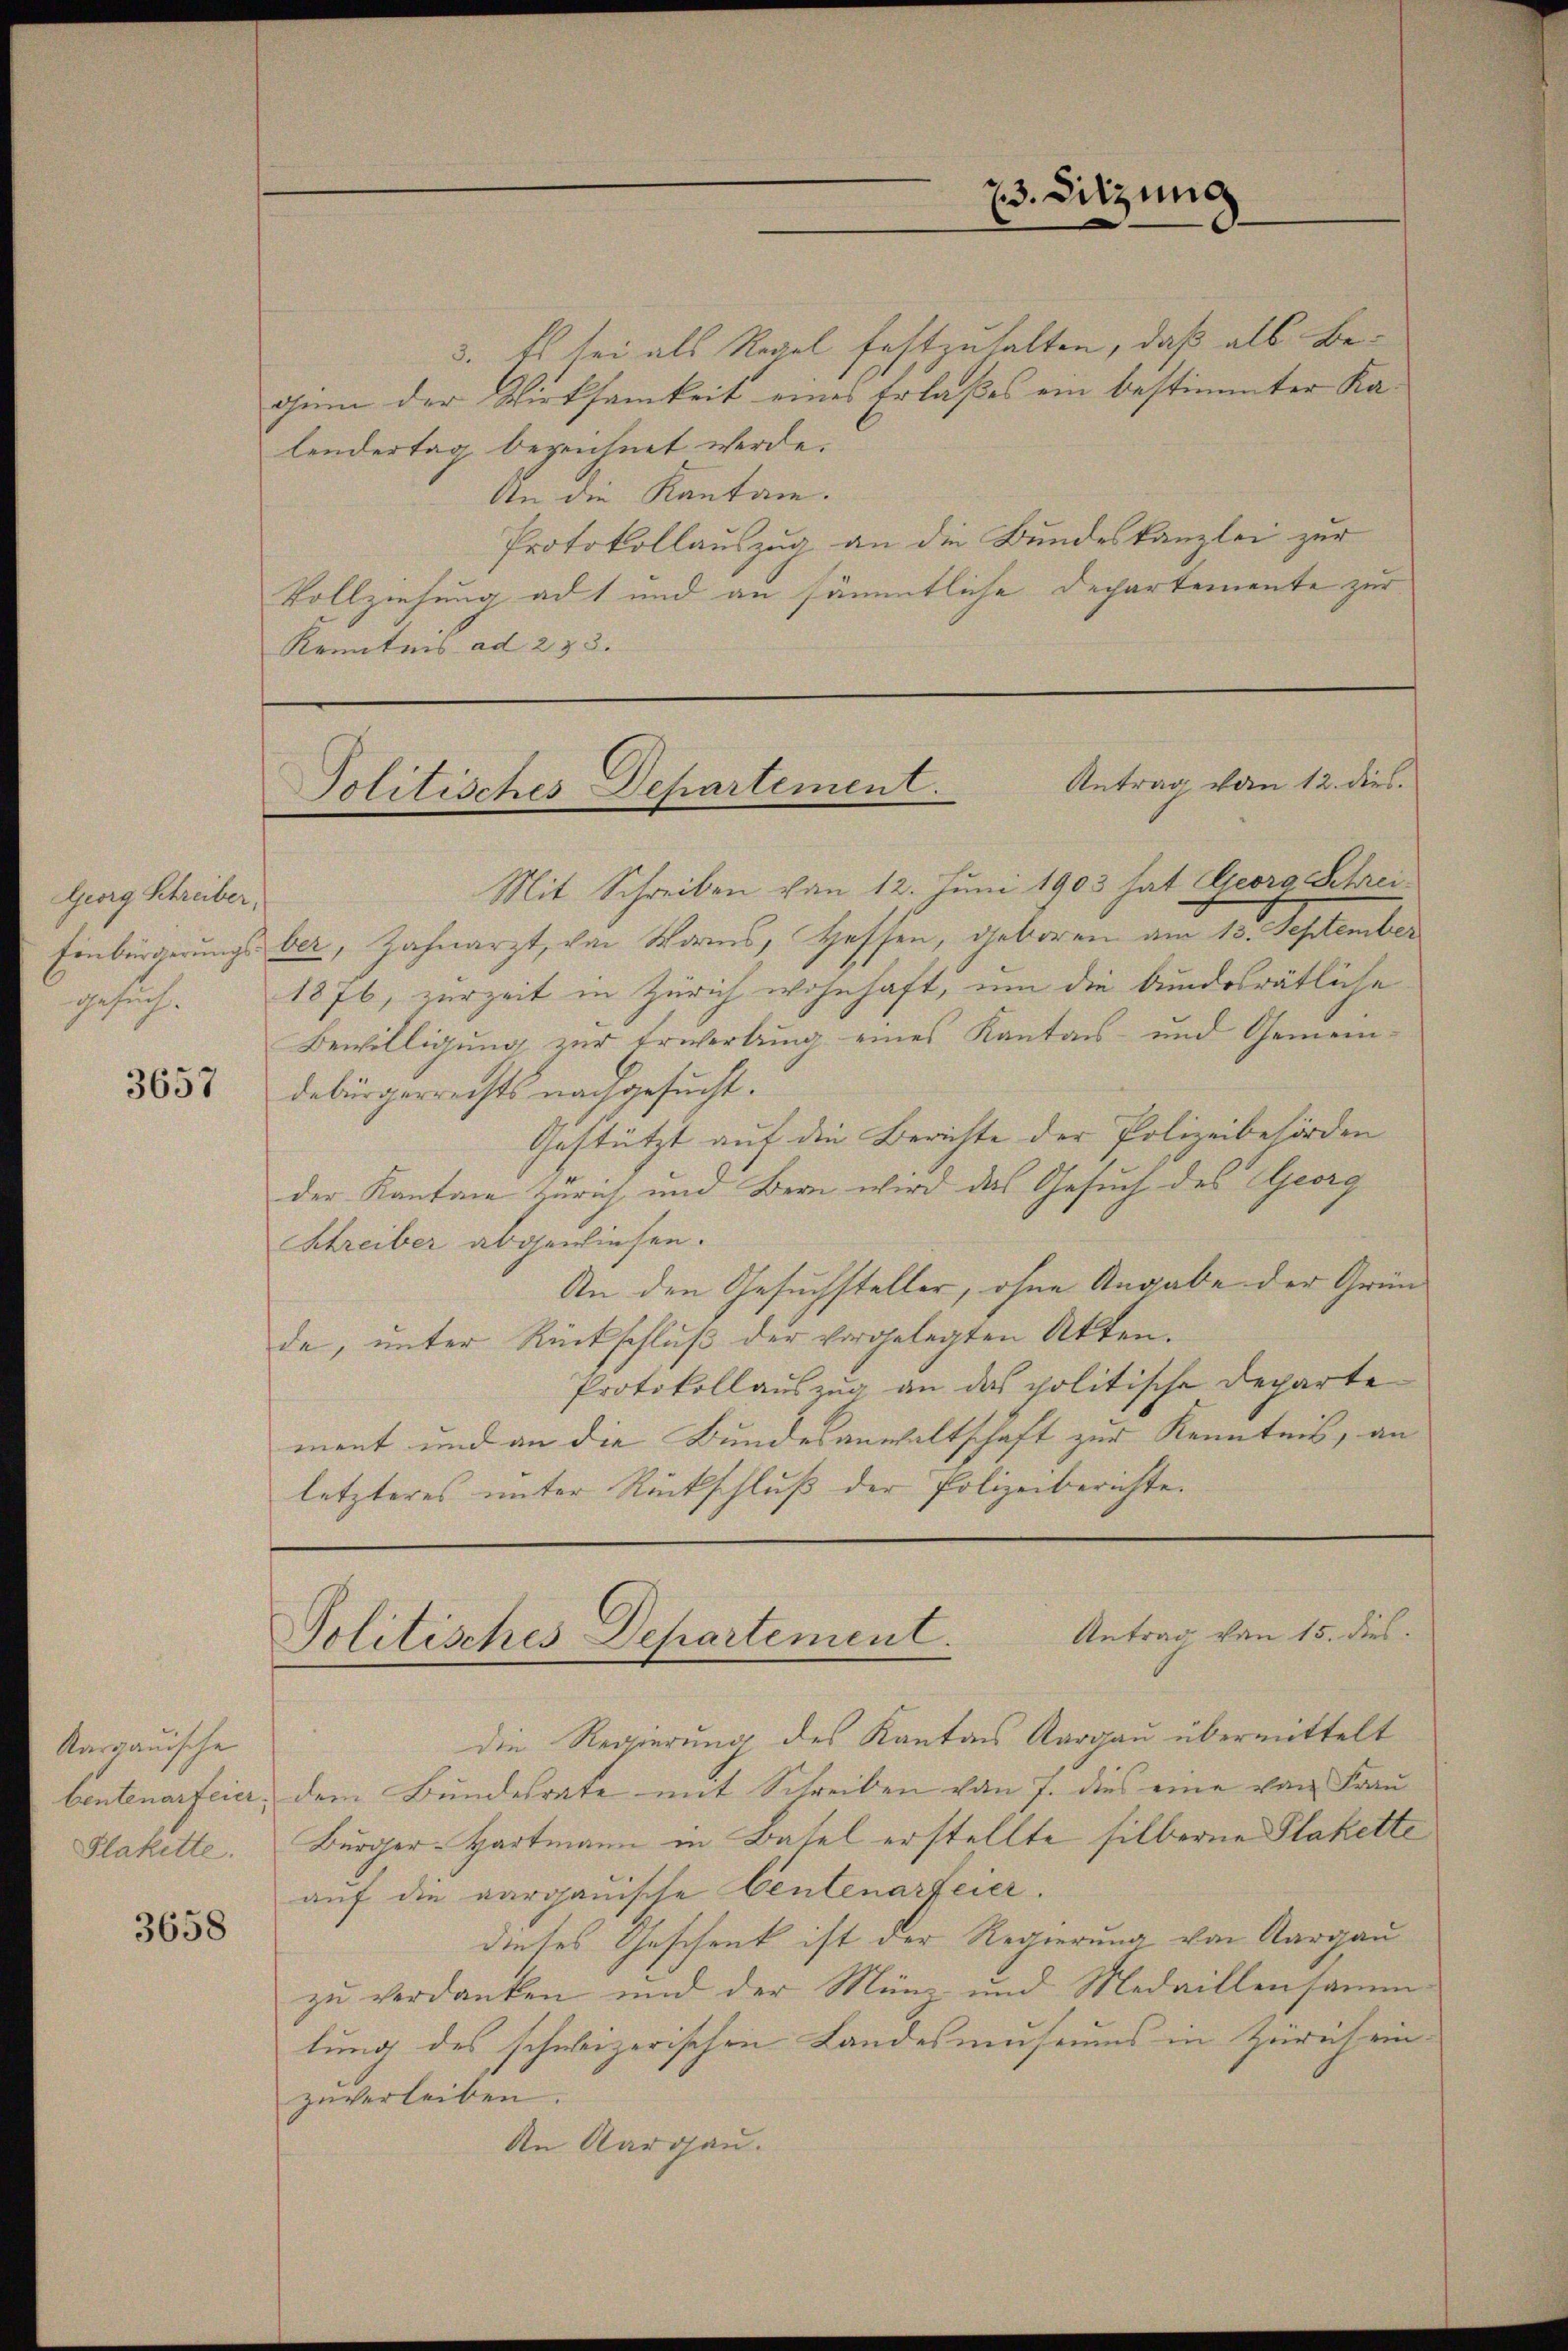
Georg Schreiber,

3657

Aargauische
bentenarfeier,
Plakette.

3658

3. Es sei als Regel festzuhalten, daß als Beginn der Wirksamkeit eines Erlaßes ein bestimmter Kalendertag bezeichnet werde.
An die Kanton.
Protokollauszug an die Bundeskanzlei zur
Vollziehung ad 1 und an sämmtliche Departemente zur
Kenntnis ad 253.

23. Sitzung

Antrag vom 12. dies
Politisches Departement.

Mit Schreiben von 12. Juni 1903 hat Georg Schrei¬
Einbürgerungs ber, Zahnarzt, von Worms, Hessen, geboren am 13. September
gesuch. 1876, zurzeit in Zürich wohnhaft, um die bundesrätliche
Bewilligung zur Erwerbung eines Kantons- und Gemein-
debürgerrechts nachgesucht.
Gestützt auf die Berichte der Polizeibehörden
der Kanton Zürich und Bern wird das Gesuch des Georg
Schreiber abgewiesen.
An den Gesuchsteller, ohne Angabe der Grün-
de, unter Rückschluß der vorgelegten Akten.
Protokollauszug an das politische Departe
ment und an die Bundesanwaltschaft zur Kenntnis, an
letzteres unter Rückschluß der Polizeiberichte.

Antrag von 15. dies
Politisches Departement.

die Regierung des Kantons Aargau übermittelt
dem Bundesrate mit Schreiben von 7. dies eine von Frau
Bürger-Hartmann in Basel erstellte silberne Plakette
auf die aargauische Centenarfeier.
dieses Geschenk ist der Regierung von Aargau
zu verdanken und der Münz- und Medaillensammlung des schweizerischen Landesmuseums in Zürich ein
zŭverleiben.
An Aargau.